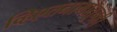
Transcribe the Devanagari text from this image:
व्हिएतनामातूनही